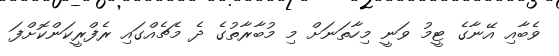
ވެބާއި އޭނާގެ ޓީމު ވަނީ މިހާތަނަށް މި މުބާރާތުގެ ދެ މެޗެއްގައި ރެފްރީކަންކޮށްފަ